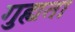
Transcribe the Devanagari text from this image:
गुह्यता